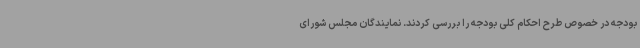
بودجه در خصوص طرح احکام کلی بودجه را بررسی کردند. نمایندگان مجلس شورای